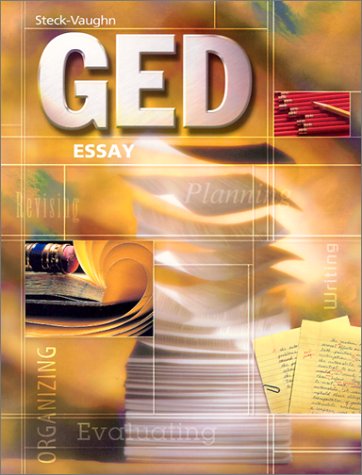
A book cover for Steck-Vaughn GED: Student Edition Essay; STECK-VAUGHN; Test Preparation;